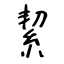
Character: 絜